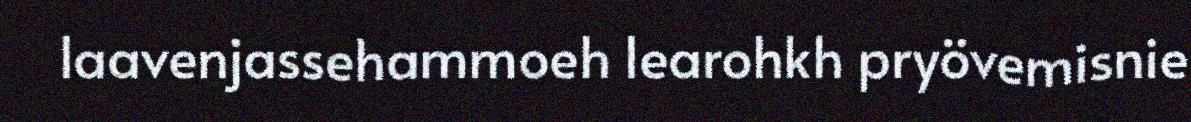
laavenjassehammoeh learohkh pryövemisnie